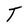
Character: T